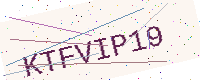
Text: KTFVIP19